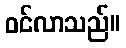
ဝင်လာသည်။